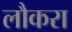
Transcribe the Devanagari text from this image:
लौकरा